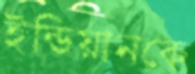
ইন্ডিয়ানকে